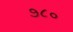
૭૮૦